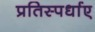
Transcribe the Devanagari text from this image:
प्रतिस्पर्धाए